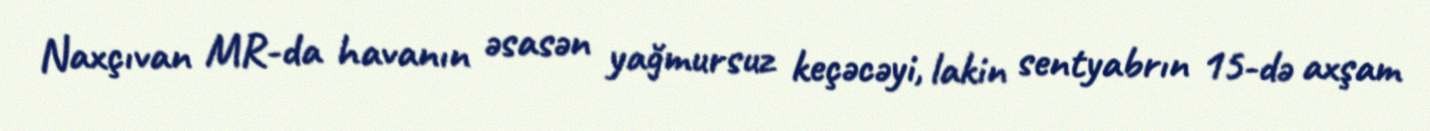
Naxçıvan MR-da havanın əsasən yağmursuz keçəcəyi, lakin sentyabrın 15-də axşam